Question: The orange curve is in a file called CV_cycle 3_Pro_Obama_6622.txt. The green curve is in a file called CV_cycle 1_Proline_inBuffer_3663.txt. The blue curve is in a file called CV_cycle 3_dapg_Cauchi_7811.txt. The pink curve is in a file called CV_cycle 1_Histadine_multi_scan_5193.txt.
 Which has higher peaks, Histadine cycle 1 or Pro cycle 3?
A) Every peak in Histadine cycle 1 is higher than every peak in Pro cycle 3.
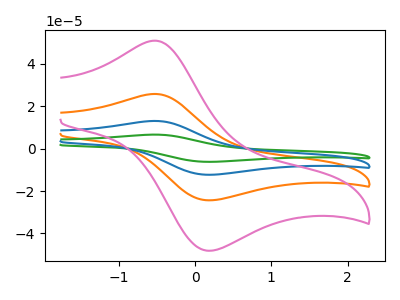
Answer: <think>The orange curve "Pro cycle 3" has an anodic peak at (-0.50V, 25.75uA) and a cathodic peak at (0.20V, -24.35uA). The green curve "Proline cycle 1" has an anodic peak at (-0.50V, 77.20uA) and a cathodic peak at (0.20V, -73.00uA). The blue curve "dapg cycle 3" has an anodic peak at (-0.50V, 51.50uA) and a cathodic peak at (0.20V, -48.65uA). The pink curve "Histadine cycle 1" has an anodic peak at (-0.50V, 50.85uA) and a cathodic peak at (0.20V, -48.05uA).</think>
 <answer>A) Every peak in "Histadine cycle 1" is higher than every peak in "Pro cycle 3".</answer>
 <eval>A</eval>